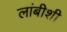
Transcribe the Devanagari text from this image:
लांबीशी